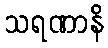
သရဏာနိ